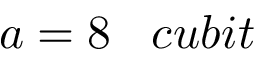
a = 8 \; \; \; c u b i t